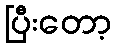
ပြီးတော့